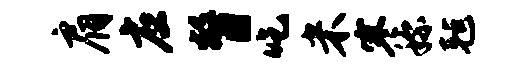
肩应瞥吃米寒称毡